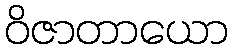
ဝိဇာတာယော